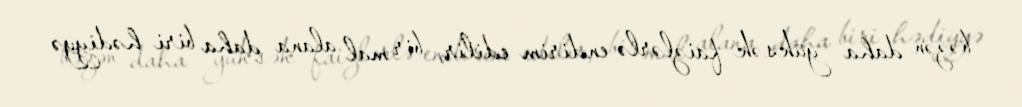
bəzən daha yüksək faizlərlə endirim edilir, bir mal alana daha biri hədiyyə